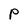
Character: P